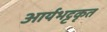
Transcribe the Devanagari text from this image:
आर्यभट्टकृत